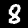
Digit: 8